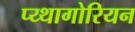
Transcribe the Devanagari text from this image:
प्य्थागोरियन